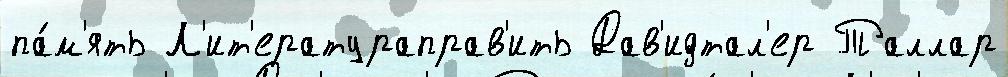
па́м'ять Л'ит'ератураправ'ить Дав'идтал'ер Таллар